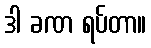
ဒါ ခဏ ရပ်တာ။